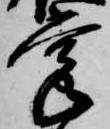
掌